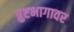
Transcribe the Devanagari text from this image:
प्रुष्टभागावर